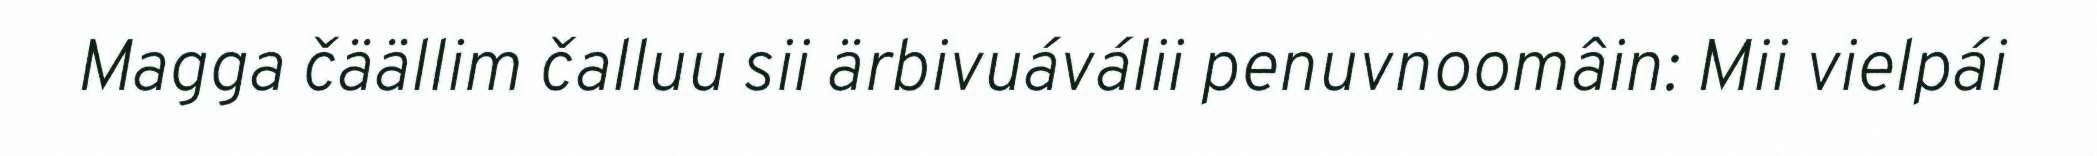
Magga čäällim čalluu sii ärbivuáválii penuvnoomâin: Mii vielpái